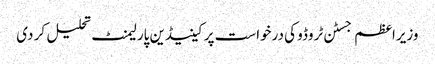
وزیراعظم جسٹن ٹروڈو کی درخواست پر کینیڈین پارلیمنٹ تحلیل کر دی